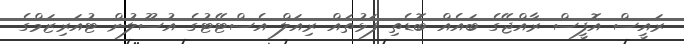
ރައީސް އޮފީސް ރާއްޖޭގެ ބައެއް ބޮޑެތި ފަޅުތައް ރިއަލް އެސްޓޭޓުގެ އުސޫލުން ޓުއަރިޒަމްގެ